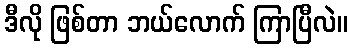
ဒီလို ဖြစ်တာ ဘယ်လောက် ကြာပြီလဲ။